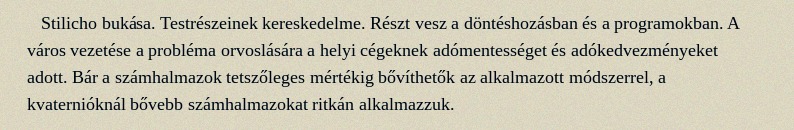
Stilicho bukása. Testrészeinek kereskedelme. Részt vesz a döntéshozásban és a programokban. A város vezetése a probléma orvoslására a helyi cégeknek adómentességet és adókedvezményeket adott. Bár a számhalmazok tetszőleges mértékig bővíthetők az alkalmazott módszerrel, a kvaternióknál bővebb számhalmazokat ritkán alkalmazzuk.